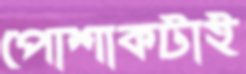
পোশাকটাই